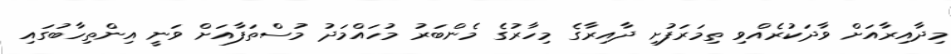
މިދާއިރާއަށް ވާދަކުރެއްވި ތިމަރަފުށި ދާއިރާގެ މިހާރުގެ މެންބަރު މުހައްމަދު މުސްތަފާއަށް ވަނީ އިންތިހާބުގައި